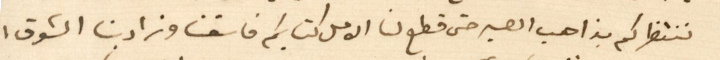
ننتظركم بذاهب الصبر حتى قطع لنا الامل كتابكم فاسفنا وزاد بنا الشوق ،